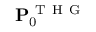
\mathbf { P } _ { 0 } ^ { \mathrm { ~ T ~ H ~ G ~ } }